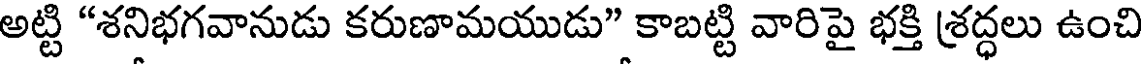
అట్టి "శనిభగవానుడు కరుణామయుడు" కాబట్టి వారిపై భక్తి శ్రద్ధలు ఉంచి